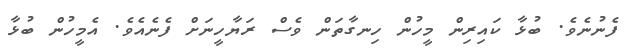
ފެނުނެވެ. ބުޅާ ކައިރިން މީހުން ހިނގާތަން ވެސް ރަޔާހީނަށް ފެނެއެވެ. އެމީހުން ބުޅާ